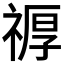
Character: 𮂆